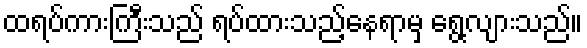
ထရပ်ကားကြီးသည် ရပ်ထားသည့်နေရာမှ ရွေ့လျားသည်။